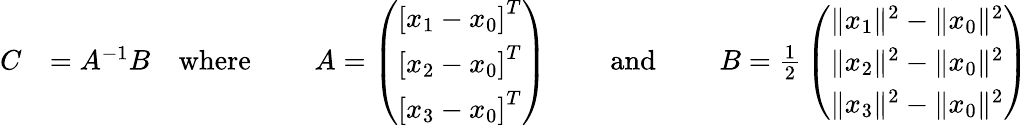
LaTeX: {\begin{array}{rlrlrlrlr}{C}&{=A^{-1}B}&{{\mathrm{where}}}&{\ }&{A=\left({\begin{array}{l}{\left[x_{1}-x_{0}\right]^{T}}\\ {\left[x_{2}-x_{0}\right]^{T}}\\ {\left[x_{3}-x_{0}\right]^{T}}\end{array}}\right)}&{\ }&{{\mathrm{and}}}&{\ }&{B={\frac{1}{2}}\left({\begin{array}{l}{\| x_{1}\| ^{2}-\| x_{0}\| ^{2}}\\ {\| x_{2}\| ^{2}-\| x_{0}\| ^{2}}\\ {\| x_{3}\| ^{2}-\| x_{0}\| ^{2}}\end{array}}\right)}\end{array}}